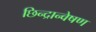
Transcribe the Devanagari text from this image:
छिन्द्रान्वेषण